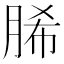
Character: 脪